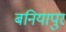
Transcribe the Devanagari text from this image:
बनियापुर